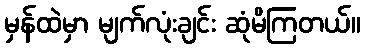
မှန်ထဲမှာ မျက်လုံးချင်း ဆုံမိကြတယ်။